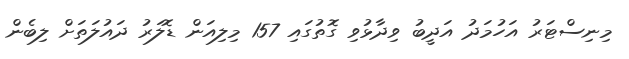
މިނިސްޓަރު އަހުމަދު އަދީބު ވިދާޅުވި ގޮތުގައި 157 މިލިއަން ޑޮލަރު ދައުލަތަށް ލިބެން